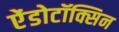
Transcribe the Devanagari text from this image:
ऐंडोटॉक्सिन